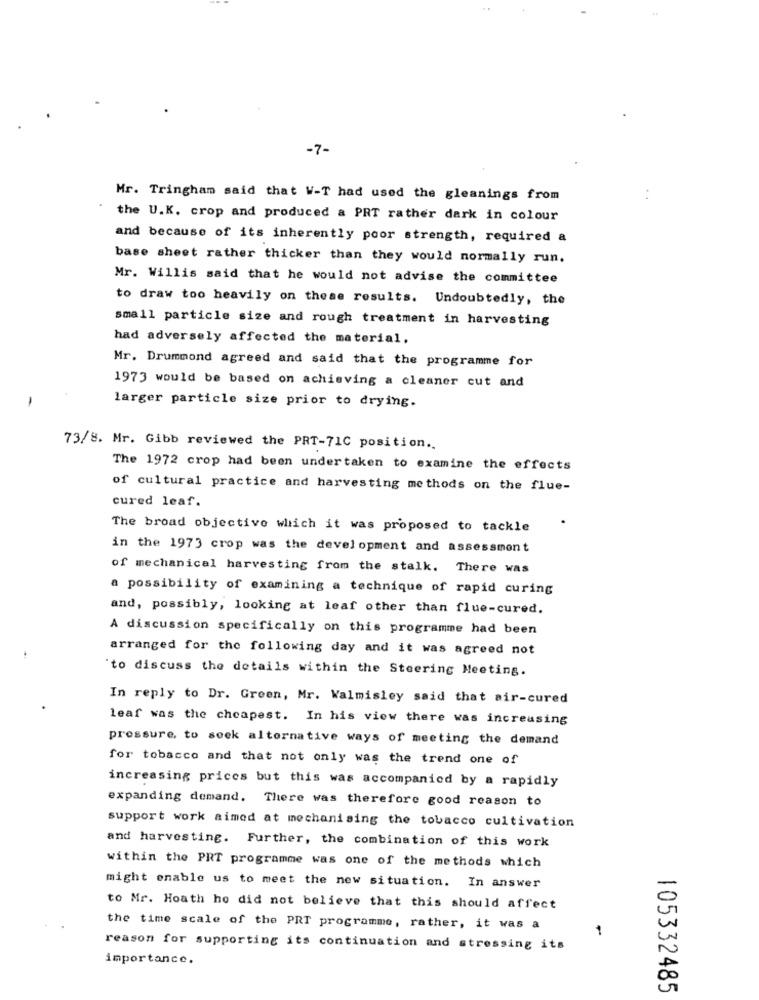
-7-
Mr. Tringham said that W-T had used the gleanings from
the U.K. crop and produced a PRT rather dark in colour
and because of its inherently poor strength, required a
base sheet rather thicker than they would normally run.
Mr. Willis said that he would not advise the committee
to draw too heavily on these results. Undoubtedly, the
small particle size and rough treatment in harvesting
had adversely affected the material.
Mr. Drummond agreed and said that the programme for
1973 would be based on achieving a cleaner cut and
larger particle size prior to drying.
73/8. Mr. Gibb reviewed the PRT-71C position ..
The 1972 crop had been undertaken to examine the effects
of cultural practice and harvesting methods on the flue-
cured leaf.
The broad objective which it was proposed to tackle
in the 1973 crop was the development and assessment
of mechanical harvesting from the stalk. There was
a possibility of examining a technique of rapid curing
and, possibly, looking at leaf other than flue-cured.
A discussion specifically on this programme had been
arranged for the following day and it was agreed not
'to discuss the details within the Steering Meeting.
In reply to Dr. Green, Mr. Walmisley said that air-cured
leaf was the cheapest. In his view there was increasing
pressure, to seek alternative ways of meeting the demand
for tobacco and that not only was the trend one of
increasing prices but this was accompanied by a rapidly
expanding demand. There was therefore good reason to
support work aimed at mechanising the tobacco cultivation
and harvesting. Further, the combination of this work
within the PRT programme was one of the methods which
might enable us to meet the new situation. In answer
to Mr. Hoath ho did not believe that this should affect
the time scale of the PRT programme, rather, it was a
1
reason for supporting its continuation and stressing its
importance.
105332485